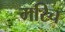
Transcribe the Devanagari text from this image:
मरिच